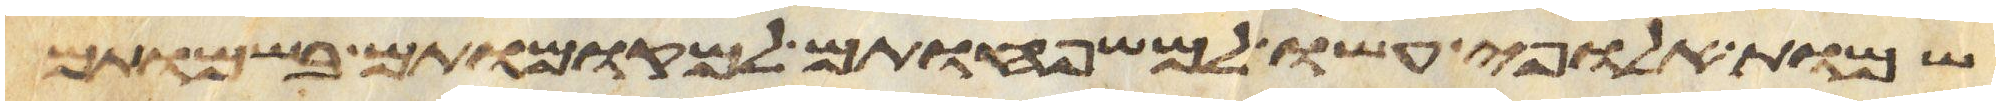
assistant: שמות אלופי עשו למשפחותם למקומותם בשמותם